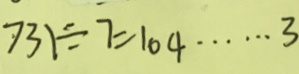
7 3 1 \div 7 = 1 0 4 \cdots 3